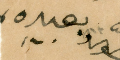
بعبيدِه،